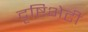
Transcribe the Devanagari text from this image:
दृष्टिभेटी